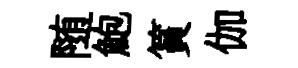
随鮑篔伽